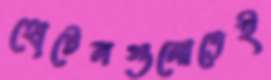
হোটেলগুলোতেই